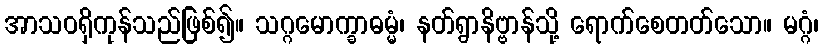
အာသဝရှိကုန်သည်ဖြစ်၍။ သဂ္ဂမောက္ခာဓမ္မံ၊ နတ်ရွာနိဗ္ဗာန်သို့ ရောက်စေတတ်သော။ မဂ္ဂံ၊